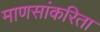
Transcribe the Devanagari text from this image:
माणसांकरिता